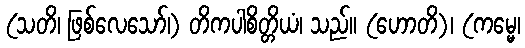
(သတိ၊ ဖြစ်လေသော်၊) တိကပါစိတ္တိယံ၊ သည်။ (ဟောတိ)၊ (ကမ္မေ၊